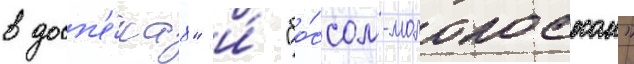
в досп'е́хах" и́ "бо́ссом-молокососом"